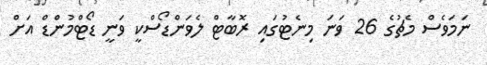
ނަމަވެސް މެޗުގެ 26 ވަނަ މިނެޓުގައި ރޮބާޓް ލެވަންޑޯސްކީ ވަނީ ޑޯޓްމުންޑް އަށް